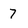
Character: 7